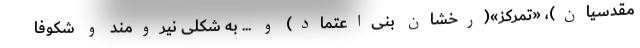
مقدسیان)، «تمرکز»(رخشان بنی‌اعتماد) و ... به شکلی نیرومند و شکوفا